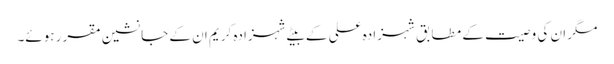
مگر ان کی وصیت کے مطابق شہزادہ علی کے بیٹے شہزادہ کریم ان کے جانشین مقرر ہوئے۔